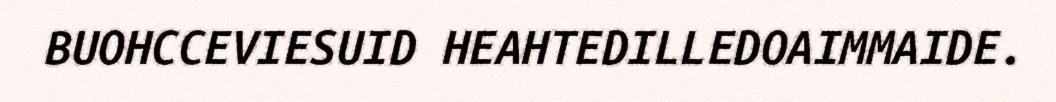
BUOHCCEVIESUID HEAHTEDILLEDOAIMMAIDE.